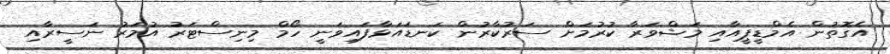
އެގޮތުން އެމްޑީޕީއާއި މަޝްވަރާ ކުރުމަށް ސަރުކާރުން ކަނޑައަޅާފައިވަނީ ހޯމް މިނިސްޓަރު އުމަރު ނަސީރާއި